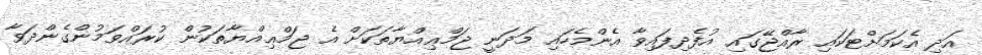
އަދި އެކަމަށްޓަކައި ރާއްޖޭގައި އުފެދިފައިވާ އެންމެހައި މަދަނީ ޖަމްޢިއްޔާތަކަށް އެ ޖަމްޢިއްޔާތަކުން ކުރައްވަމުންގެންދަވާ